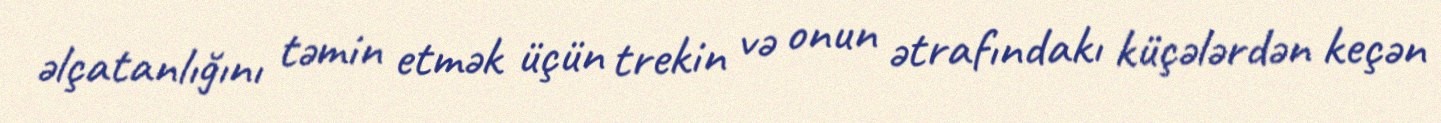
əlçatanlığını təmin etmək üçün trekin və onun ətrafındakı küçələrdən keçən